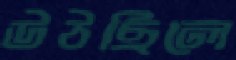
উঠছিলে